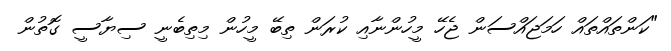
"ކަންތައްތައް ހަމަޖައްސަން ޖެހޭ މީހުންނާއި ކުރަން ތިބޭ މީހުން މިތިބެނީ ސިޔާސީ ގޮތުން